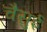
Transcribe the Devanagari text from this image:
चैसुई